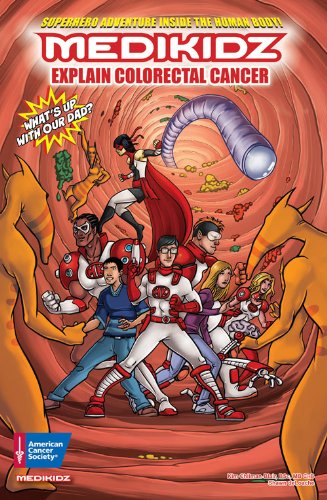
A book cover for What's Up with Our Dad?: Medikidz Explain Colorectal Cancer (Medikidz Explain [Cancer XYZ]); Kim Chilman-Blair BSc  MB ChB; Teen & Young Adult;